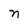
Character: n